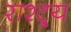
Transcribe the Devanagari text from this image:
राश्ट्र्य